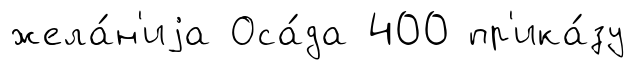
жела́н'иjа Оса́да 400 пр'ика́зу